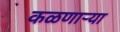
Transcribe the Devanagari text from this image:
कळणाऱ्या